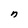
Character: n